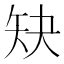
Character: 𰦕